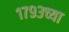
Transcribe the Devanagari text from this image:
१७९३च्या